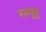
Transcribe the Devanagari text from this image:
समूह्